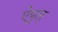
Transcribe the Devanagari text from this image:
ऐपुल्‌